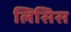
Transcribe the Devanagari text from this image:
लिसिस